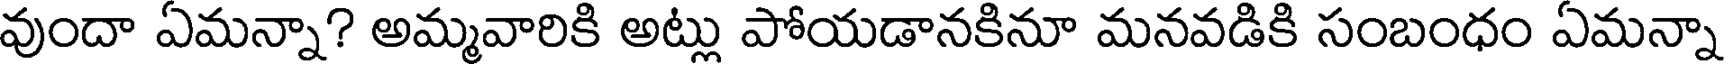
వుందా ఏమన్నా? అమ్మవారికి అట్లు పోయడానకినూ మనవడికి సంబంధం ఏమన్నా